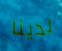
لدينا